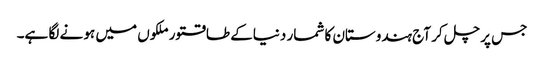
جس پر چل کر آج ہندوستان کا شمار دنیاکے طاقتورملکوں میں ہو نے لگا ہے۔